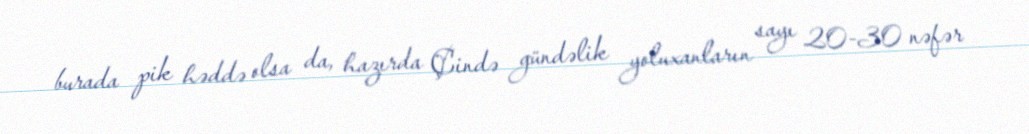
burada pik həddə olsa da, hazırda Çində gündəlik yoluxanların sayı 20-30 nəfər